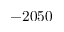
- 2 0 5 0